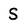
Character: S